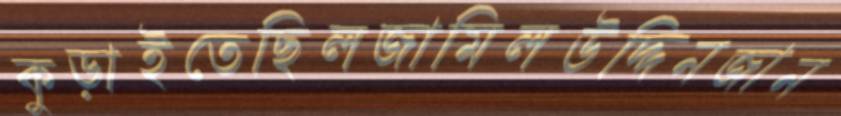
কুড়াইতেছিলজামিলউদ্দিনজান